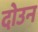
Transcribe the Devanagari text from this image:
दोउन